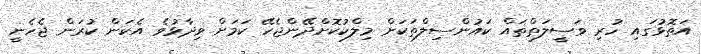
އަތޮޅުގައި ހުރި ވަސީލަތްތައް ކައުންސިލްތަކަށް މިލްކުކޮށްދޭންޖެހޭ ކަމަށް ވިދާޅުވެ އެކަން ކުރަން ޖެހެނީ